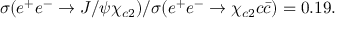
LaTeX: \sigma ( e ^ { + } e ^ { - } \rightarrow J / \psi \chi _ { c 2 } ) / \sigma ( e ^ { + } e ^ { - } \rightarrow \chi _ { c 2 } c \bar { c } ) = 0 . 1 9 .